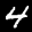
Label: 4